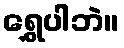
ရွှေပါဘဲ။